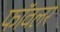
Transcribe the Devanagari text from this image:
फॉवलर